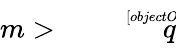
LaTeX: m>{\sqrt[[objectObject]]{q}}